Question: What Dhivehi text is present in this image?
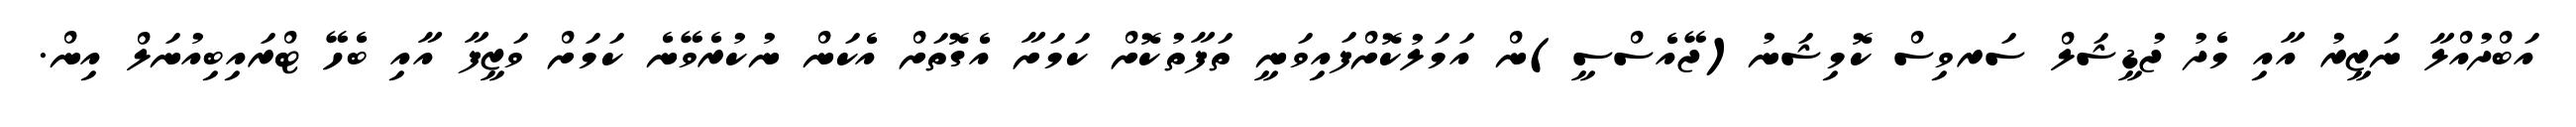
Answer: އަބްދުއްލާ ނަޒީރު އާއި މެދު ޖުޑީޝަލް ސަރވިސް ކޮމިޝަނު(ޖޭއެސްސީ)ން އަމަލުކޮށްފައިވަނީ ތަފާތުކޮށް ކަމަށާ އެގޮތަށް އެކަން ނުކުރެވޭނެ ކަމަށް ވަޒީފާ އާއި ބެހޭ ޓްރައިބިއުނަލް އިން.